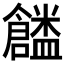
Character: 𠑜